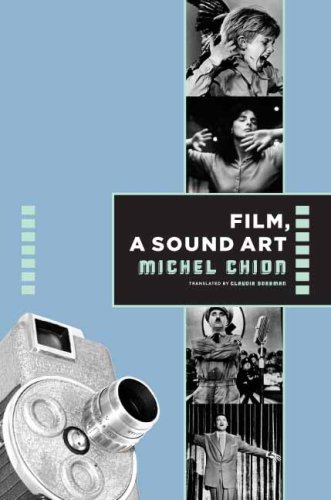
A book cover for Film, a Sound Art (Film and Culture Series); Michel Chion; Humor & Entertainment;